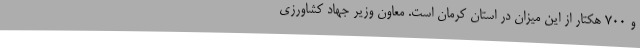
و 700 هکتار از این میزان در استان کرمان است. معاون وزیر جهاد کشاورزی